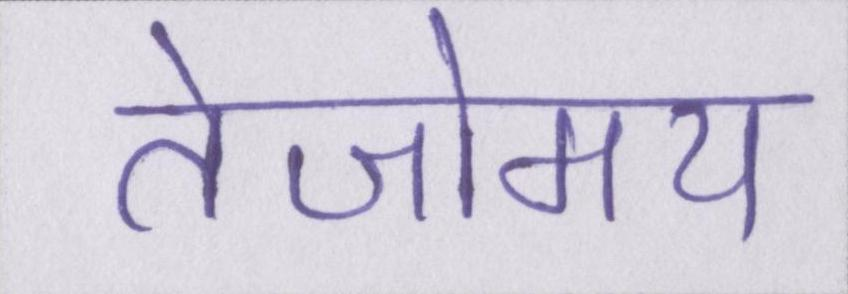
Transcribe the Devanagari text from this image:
तेजोमय